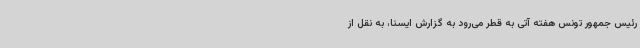
رئیس جمهور تونس هفته آتی به قطر می‌رود به گزارش ایسنا، به نقل از